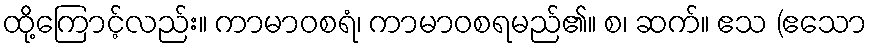
ထို့ကြောင့်လည်း။ ကာမာဝစရံ၊ ကာမာဝစရမည်၏။ စ၊ ဆက်။ ဧသ (ဧသော